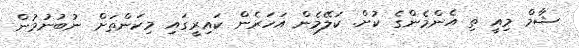
ޝާމް މިއީ ތި އެންމެންގެ ކުށް. ކަލޭމެން އަހަރެން ކައިރީގައި މިކަންތަށް ނުބުނުމުން